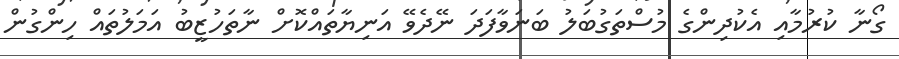
ގޯނާ ކުރުމާއި އެކުދިންގެ މުސްތަގުބަލު ބަނަވާފަދަ ނޭދެވޭ އަނިޔާތައްކޮށް ނާތަހުޒީބު އަމަލުތައް ހިންގުން